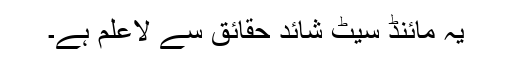
یہ مائنڈ سیٹ شائد حقائق سے لاعلم ہے۔